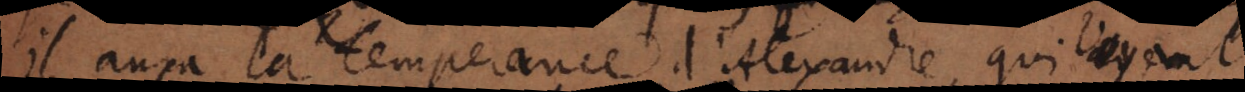
Il aura la temperance d’Alexandre, qui voyant